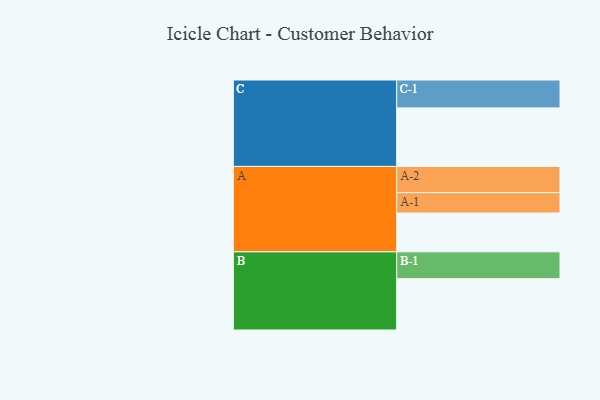
{"axis": {"x": "Segment", "y": "Value"}, "legend": ["", "A", "B", "C"], "data": [{"x": "A", "y": 305, "type": ""}, {"x": "B", "y": 403, "type": ""}, {"x": "C", "y": 460, "type": ""}, {"x": "A-1", "y": 160, "type": "A"}, {"x": "A-2", "y": 206, "type": "A"}, {"x": "B-1", "y": 211, "type": "B"}, {"x": "C-1", "y": 219, "type": "C"}]}